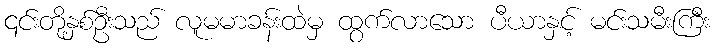
၎င်းတို့နှစ်ဦးသည် လူမမာခန်းထဲမှ ထွက်လာသော ပီယာနှင့် မင်းသမီးကြီး